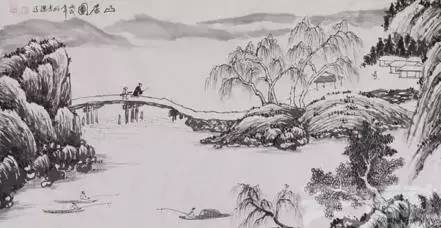
躬自厚而薄责于人，则远怨矣。